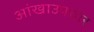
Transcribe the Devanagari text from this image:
आंखाउपचार